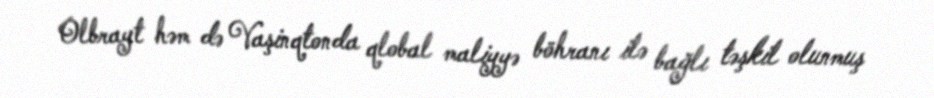
Olbrayt həm də Vaşinqtonda qlobal maliyyə böhranı ilə bağlı təşkil olunmuş